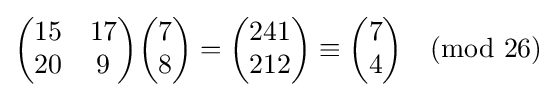
{\begin{pmatrix}15&17\\20&9\end{pmatrix}}{\begin{pmatrix}7\\8\end{pmatrix}}={\begin{pmatrix}241\\212\end{pmatrix}}\equiv {\begin{pmatrix}7\\4\end{pmatrix}}{\pmod {26}}